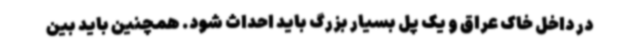
در داخل خاک عراق و یک پل بسیار بزرگ باید احداث شود. همچنین باید بین